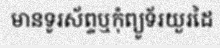
មានទូរស័ព្ទឬកុំព្យូទ័រយួរដៃ